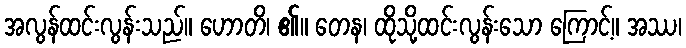
အလွန်ထင်းလွန်းသည်။ ဟောတိ၊ ၏။ တေန၊ ထိုသို့ထင်းလွန်းသော ကြောင့်။ အဿ၊